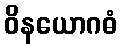
ဝိနယောဂဓံ